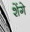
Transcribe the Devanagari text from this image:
शेंगे